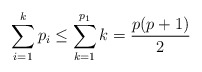
\begin{align*}\sum_{i = 1}^{k} p_i \leq \sum_{k = 1}^{p_1} k = \frac{p(p+1)}{2} \end{align*}